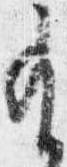
有